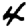
Digit: 4